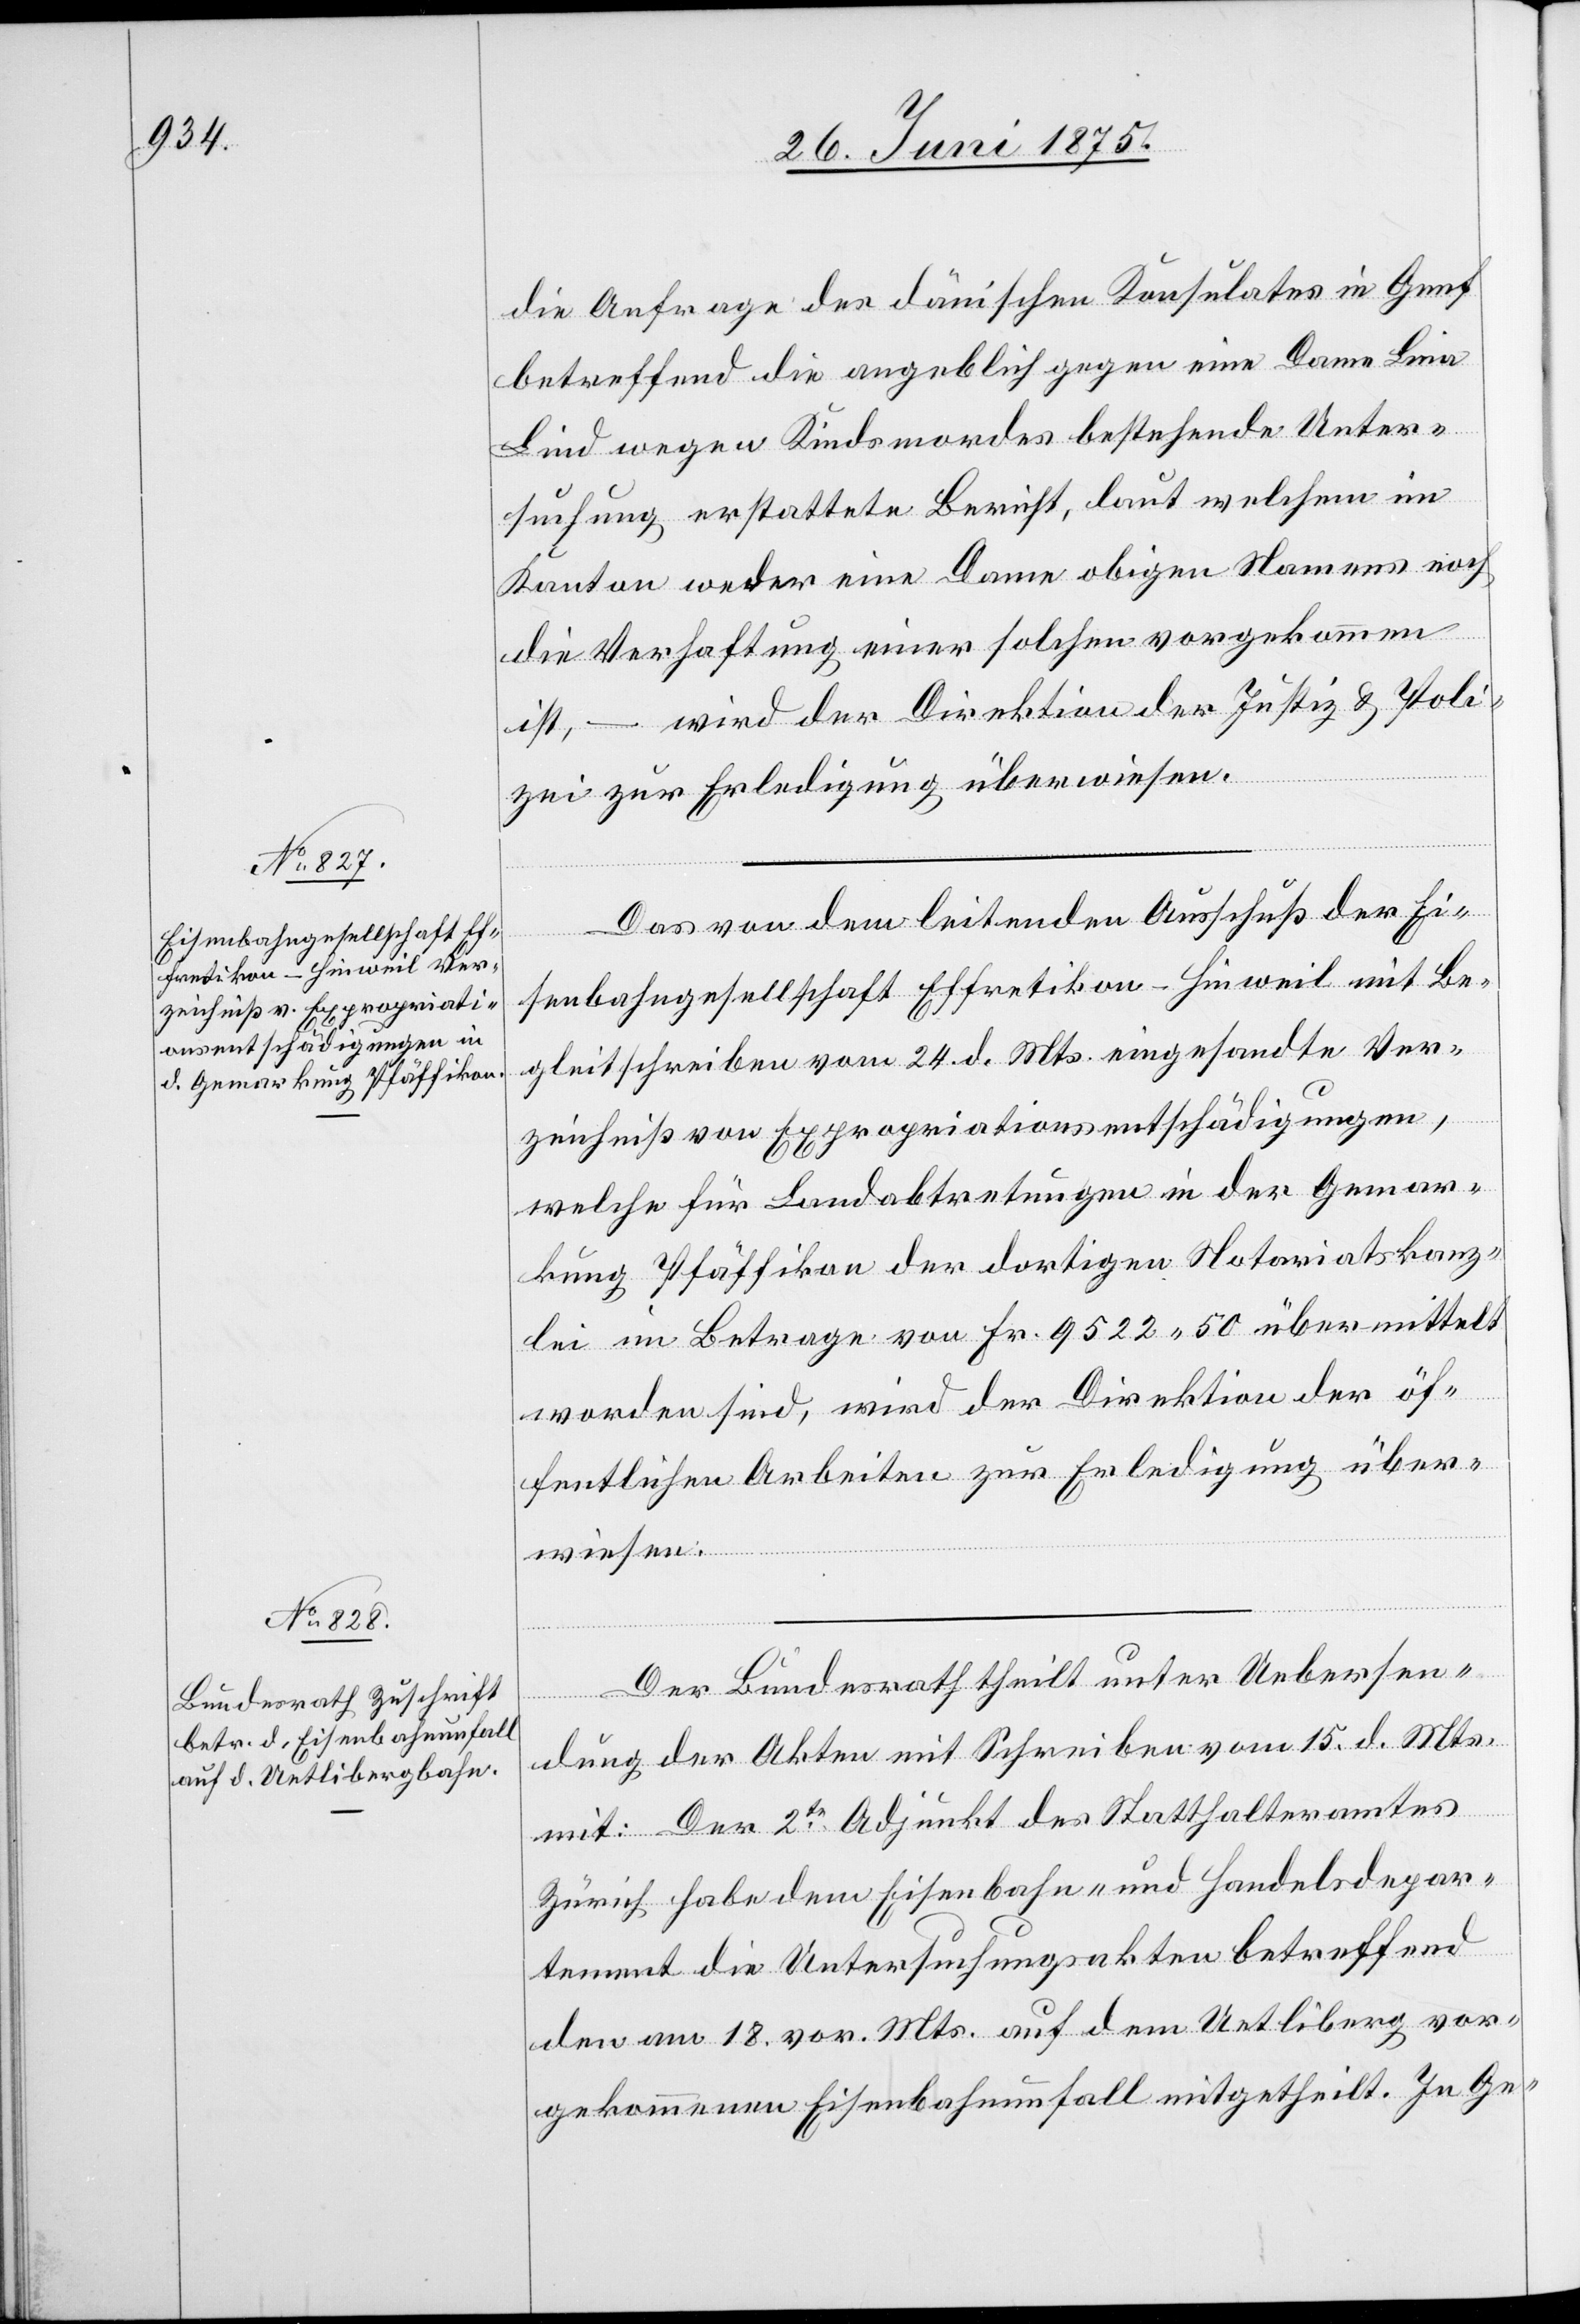
die Anfrage des dänischen Konsulates in Genf
betreffend die angeblich gegen eine Dame Lina
Lind wegen Kindsmordes bestehende Unter¬
suchung erstattete Bericht, laut welchem im
Kanton weder eine Dame obigen Namens noch
die Verhaftung einer solchen vorgekommen
ist, – wird der Direktion der Justiz & Poli¬
zei zur Erledigung überwiesen.
Das von dem leitenden Ausschuß der Ei¬
senbahngesellschaft Effretikon–Hinweil mit Be¬
gleitschreiben vom 24. d. Mts. eingesandte Ver¬
zeichniß von Expropriationsentschädigungen,
welche für Landabtretungen in der Gemar¬
kung Pfäffikon der dortigen Notariatskanz¬
lei im Betrage von Fr. 9522 50 übermittelt
worden sind, wird der Direktion der öf¬
fentlichen Arbeiten zur Erledigung über¬
wiesen.
Der Bundesrath theilt unter Uebersen¬
dung der Akten mit Schreiben am 15. d. Mts.
mit: Der 2te Adjunkt des Statthalteramtes
Zürich habe dem Eisenbahn- und Handelsdepar¬
tement die Untersuchungsakten betreffend
den am 18. vor. Mts. auf dem Uetliberg vor¬
gekommenen Eisenbahnunfall mitgetheilt. In Ge-